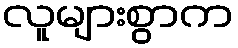
လူများစွာက